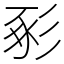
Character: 𢒔